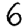
Digit: 6